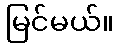
မြင်မယ်။